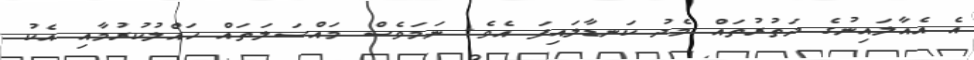
އެ އެއާލައިނުގެ ދަތުރުތައް މެދު ކަނޑާލައިފަ އެވެ. ނަމަވެސް މައްސަލަތައް ހައްލުކުރުމާއި އެކު